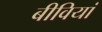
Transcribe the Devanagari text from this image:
बीवियां